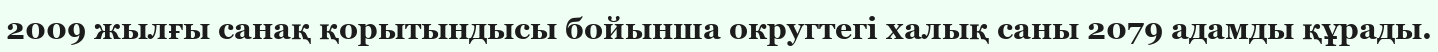
2009 жылғы санақ қорытындысы бойынша округтегі халық саны 2079 адамды құрады.